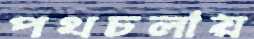
পথচলায়